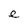
Character: e